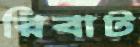
রিবাট